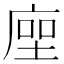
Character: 𢉰